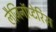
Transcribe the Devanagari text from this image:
लैजिनॉप्टेरिस